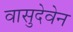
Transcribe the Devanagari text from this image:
वासुदेवेन